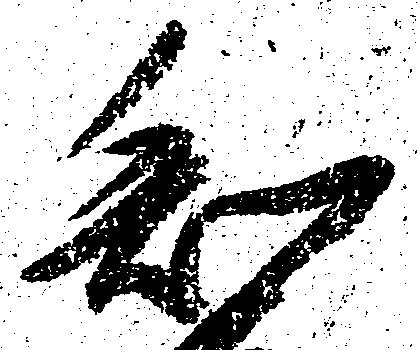
知